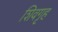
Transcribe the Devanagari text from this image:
शिवगृह